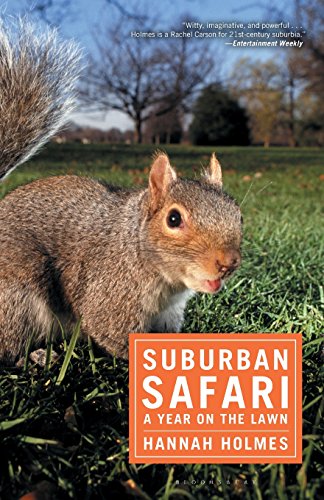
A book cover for Suburban Safari: A Year on the Lawn; Hannah Holmes; Crafts, Hobbies & Home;